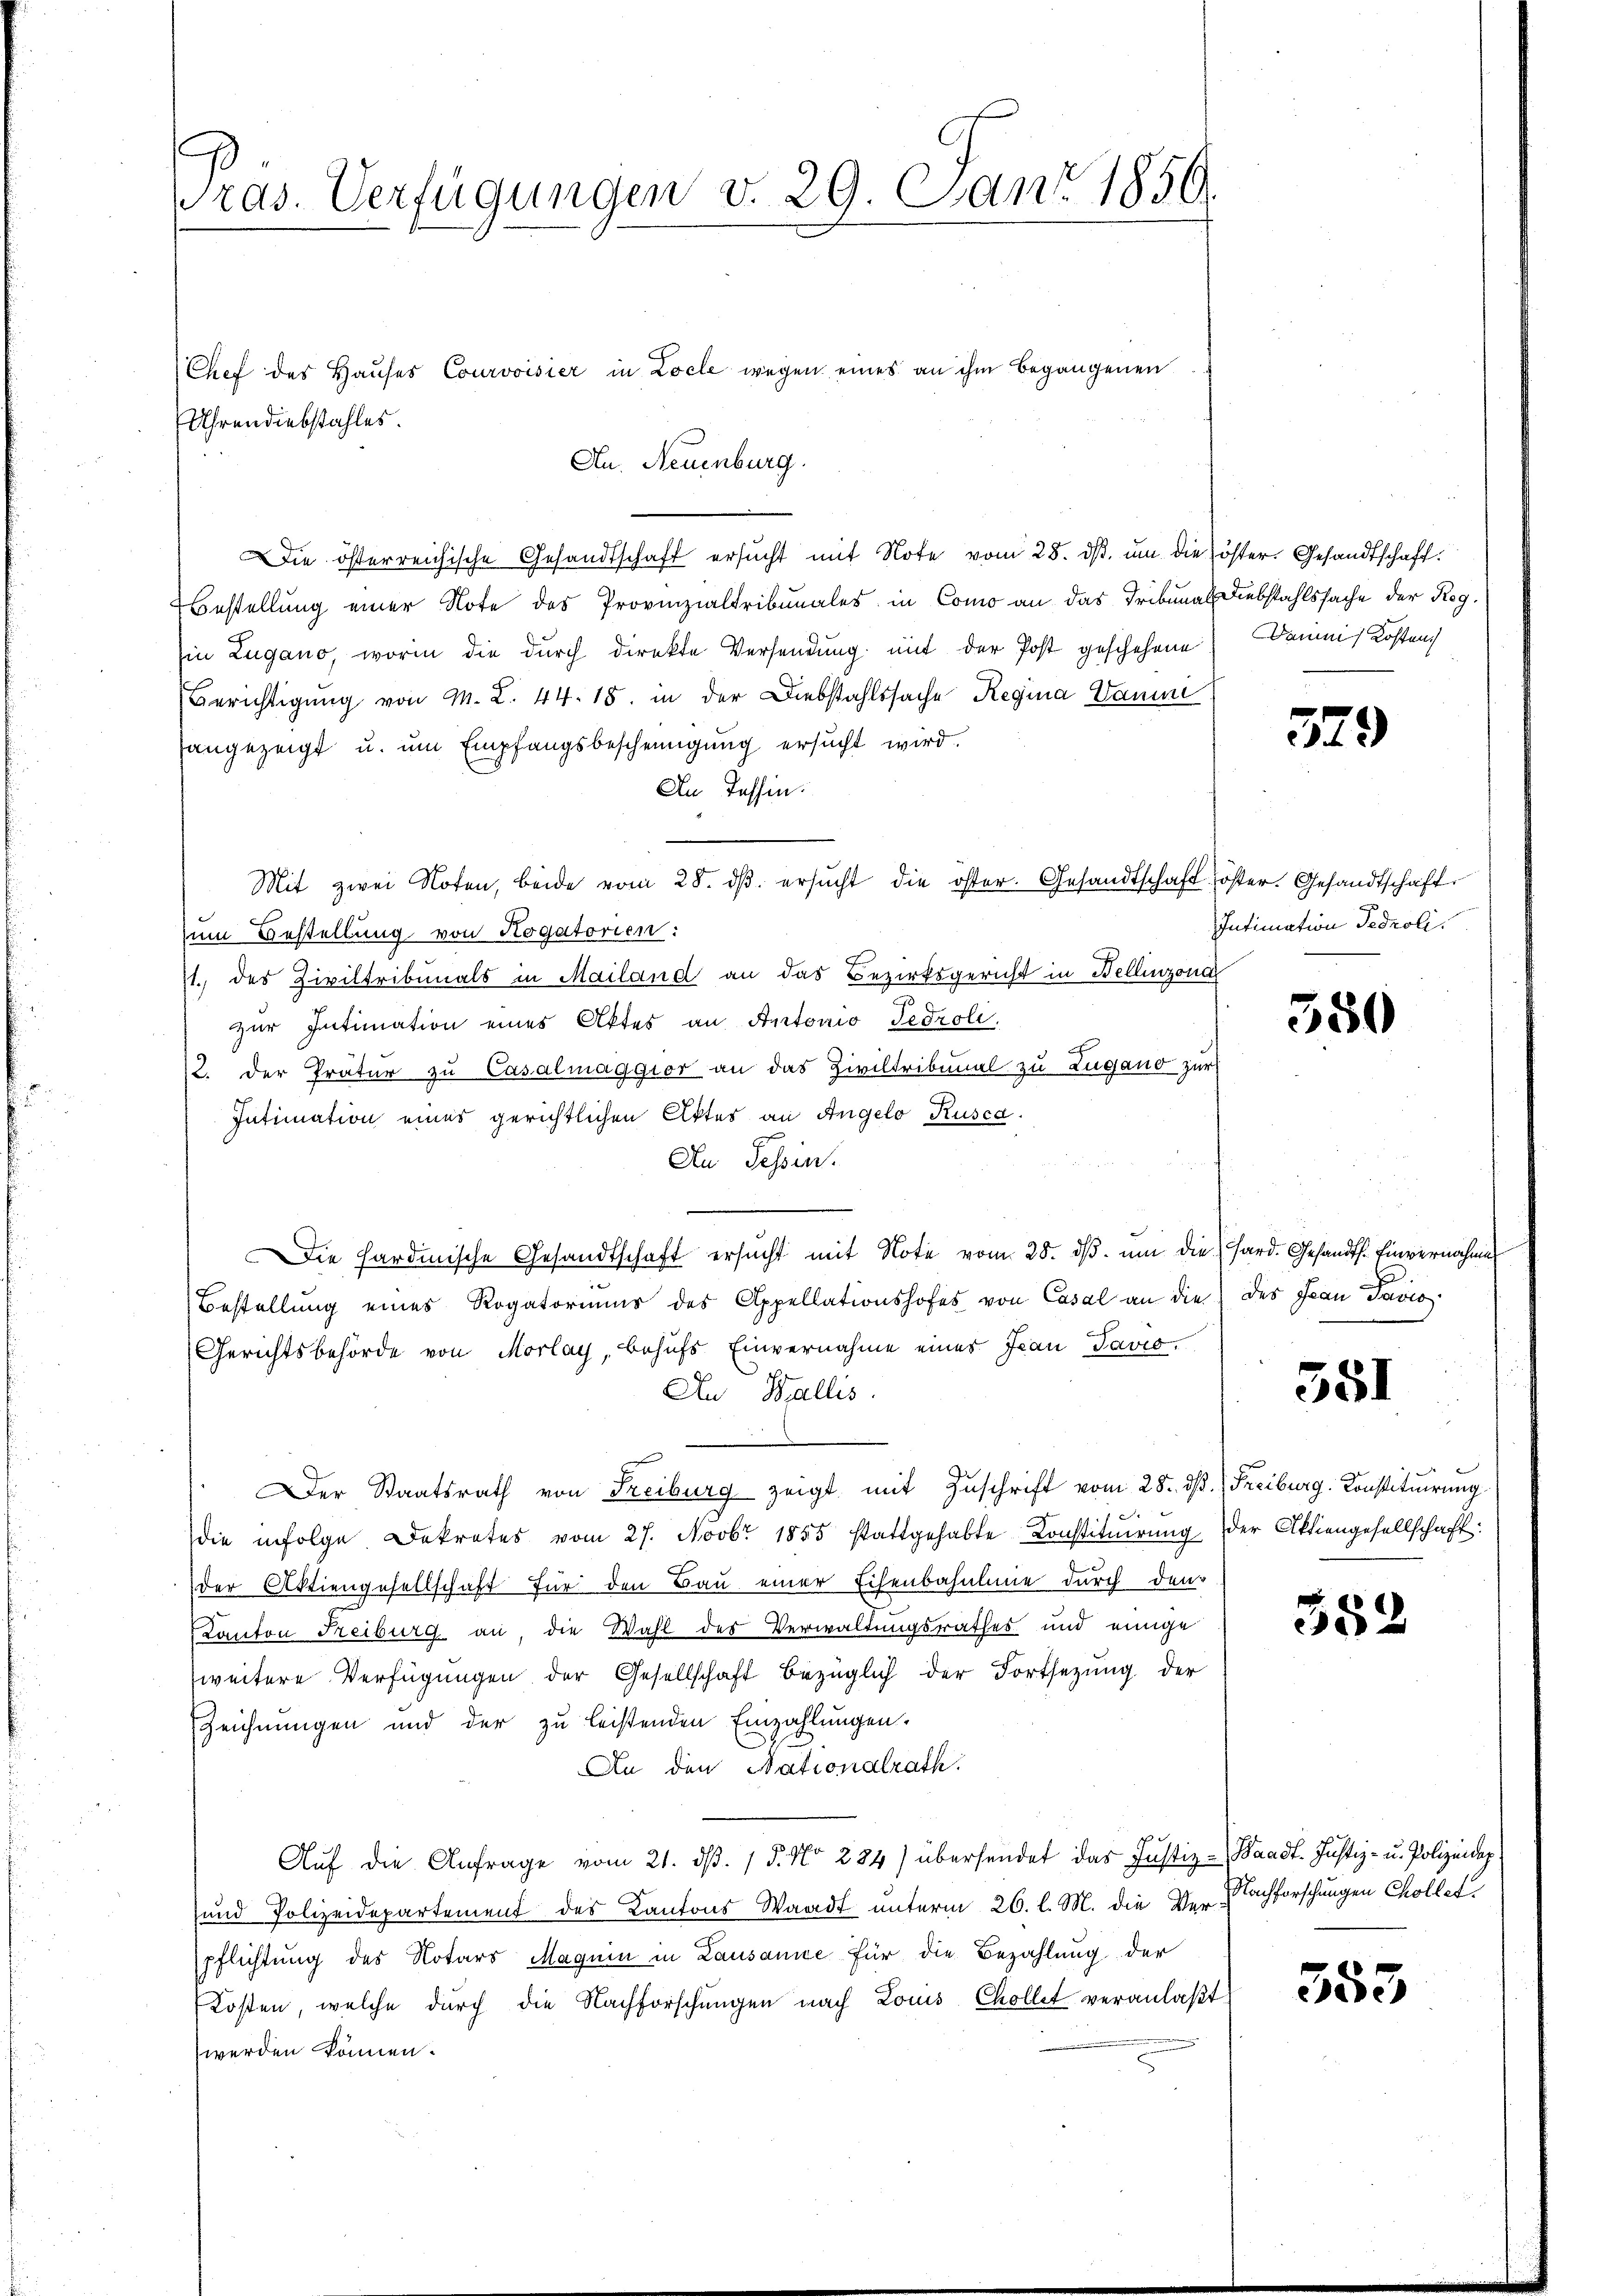
ras. Verfügungen v. 29. Juni 1859.

Uhrendiebstahles.
Au. Neuenburg.
Die österreichische Gesandtschaft ersucht mit Note vom 28. ds. um die öster. Gesandtschaft.
Bestellung einer Note des Provinzialtribunales in Como an das Tribunals Diebstahlssache der Reg.
Ein Lugano, worin die durch direkte Versendung mit der Post geschehene Bauins Kosten
Berichtigung von M. L. 44. 18. in der Diebstahlssache Regina Daume
sangezeigt u. um Empfangsbescheinigung ersucht wird.
An Tessin.
Mit zwei Noten, beide vom 28. dβ. ersucht die öster. Gesandtschaft öster. Gesandtschafte
zum Bestellung von Rogatorien:
11. des Ziviltribunals in Mailand an das Bezirksgericht in Bellinzona
zur Intimation eines Aktes an Antonio Tedroli
12. der Tratur zu Casalmaggior an das Ziviltribunal zu Zugano zur
Intimation eines gerichtlichen Aktes an Angelo Rusca.

An Tessin.
Die hardinische Gesandtschaft ersucht mit Note vom 28. dβ. um die Hard. Gesandts. Einvernahme
Bestellung eines Rogatoriums des Appellationshofes von Casal an die des Jean Pavio
Gerichtsbehörde von Morlag, behufs Einvernahme eines Jean Pavio,
An Wallis.
Der Staatsrath von Freiburg zeigt mit Zuschrift vom 28. ds. Freiburg, Konstituirung
2
die infolge Dekretes vom 27. Novbr 1855 stattgehabte Constituirung der Aktiengesellschaft:
der Aktiengesellschaft für den Bau einer Eisenbahnlinie durch den
Kanton Freiburg an, die Wahl des Verwaltungsrathes und einige
weitere Verfügungen der Gesellschaft bezüglich der Fortsetzung der
Zeichnungen und der zu leistenden Einzahlungen.
An den Nationalrath.
Aŭf die Anfrage vom 21. dβ. / 5. No 284) übersendet das Justiz-Waadt. Justiz- u. Polizeidep
und Polizeidepartement des Kantons Waadt unterm 26. l. M. die Ver Nachforschungen Chollet
pflichtung des Notars Magnin in Lausanne für die Bezahlung der
Kosten, welche durch die Nachforschungen nach Louis Chollet veranlaßt
werden können.

Chef des Hauses Courvoisier in Locle wegen eines an ihm begangenen

579

580

381

Intimation Fedroli

352

353